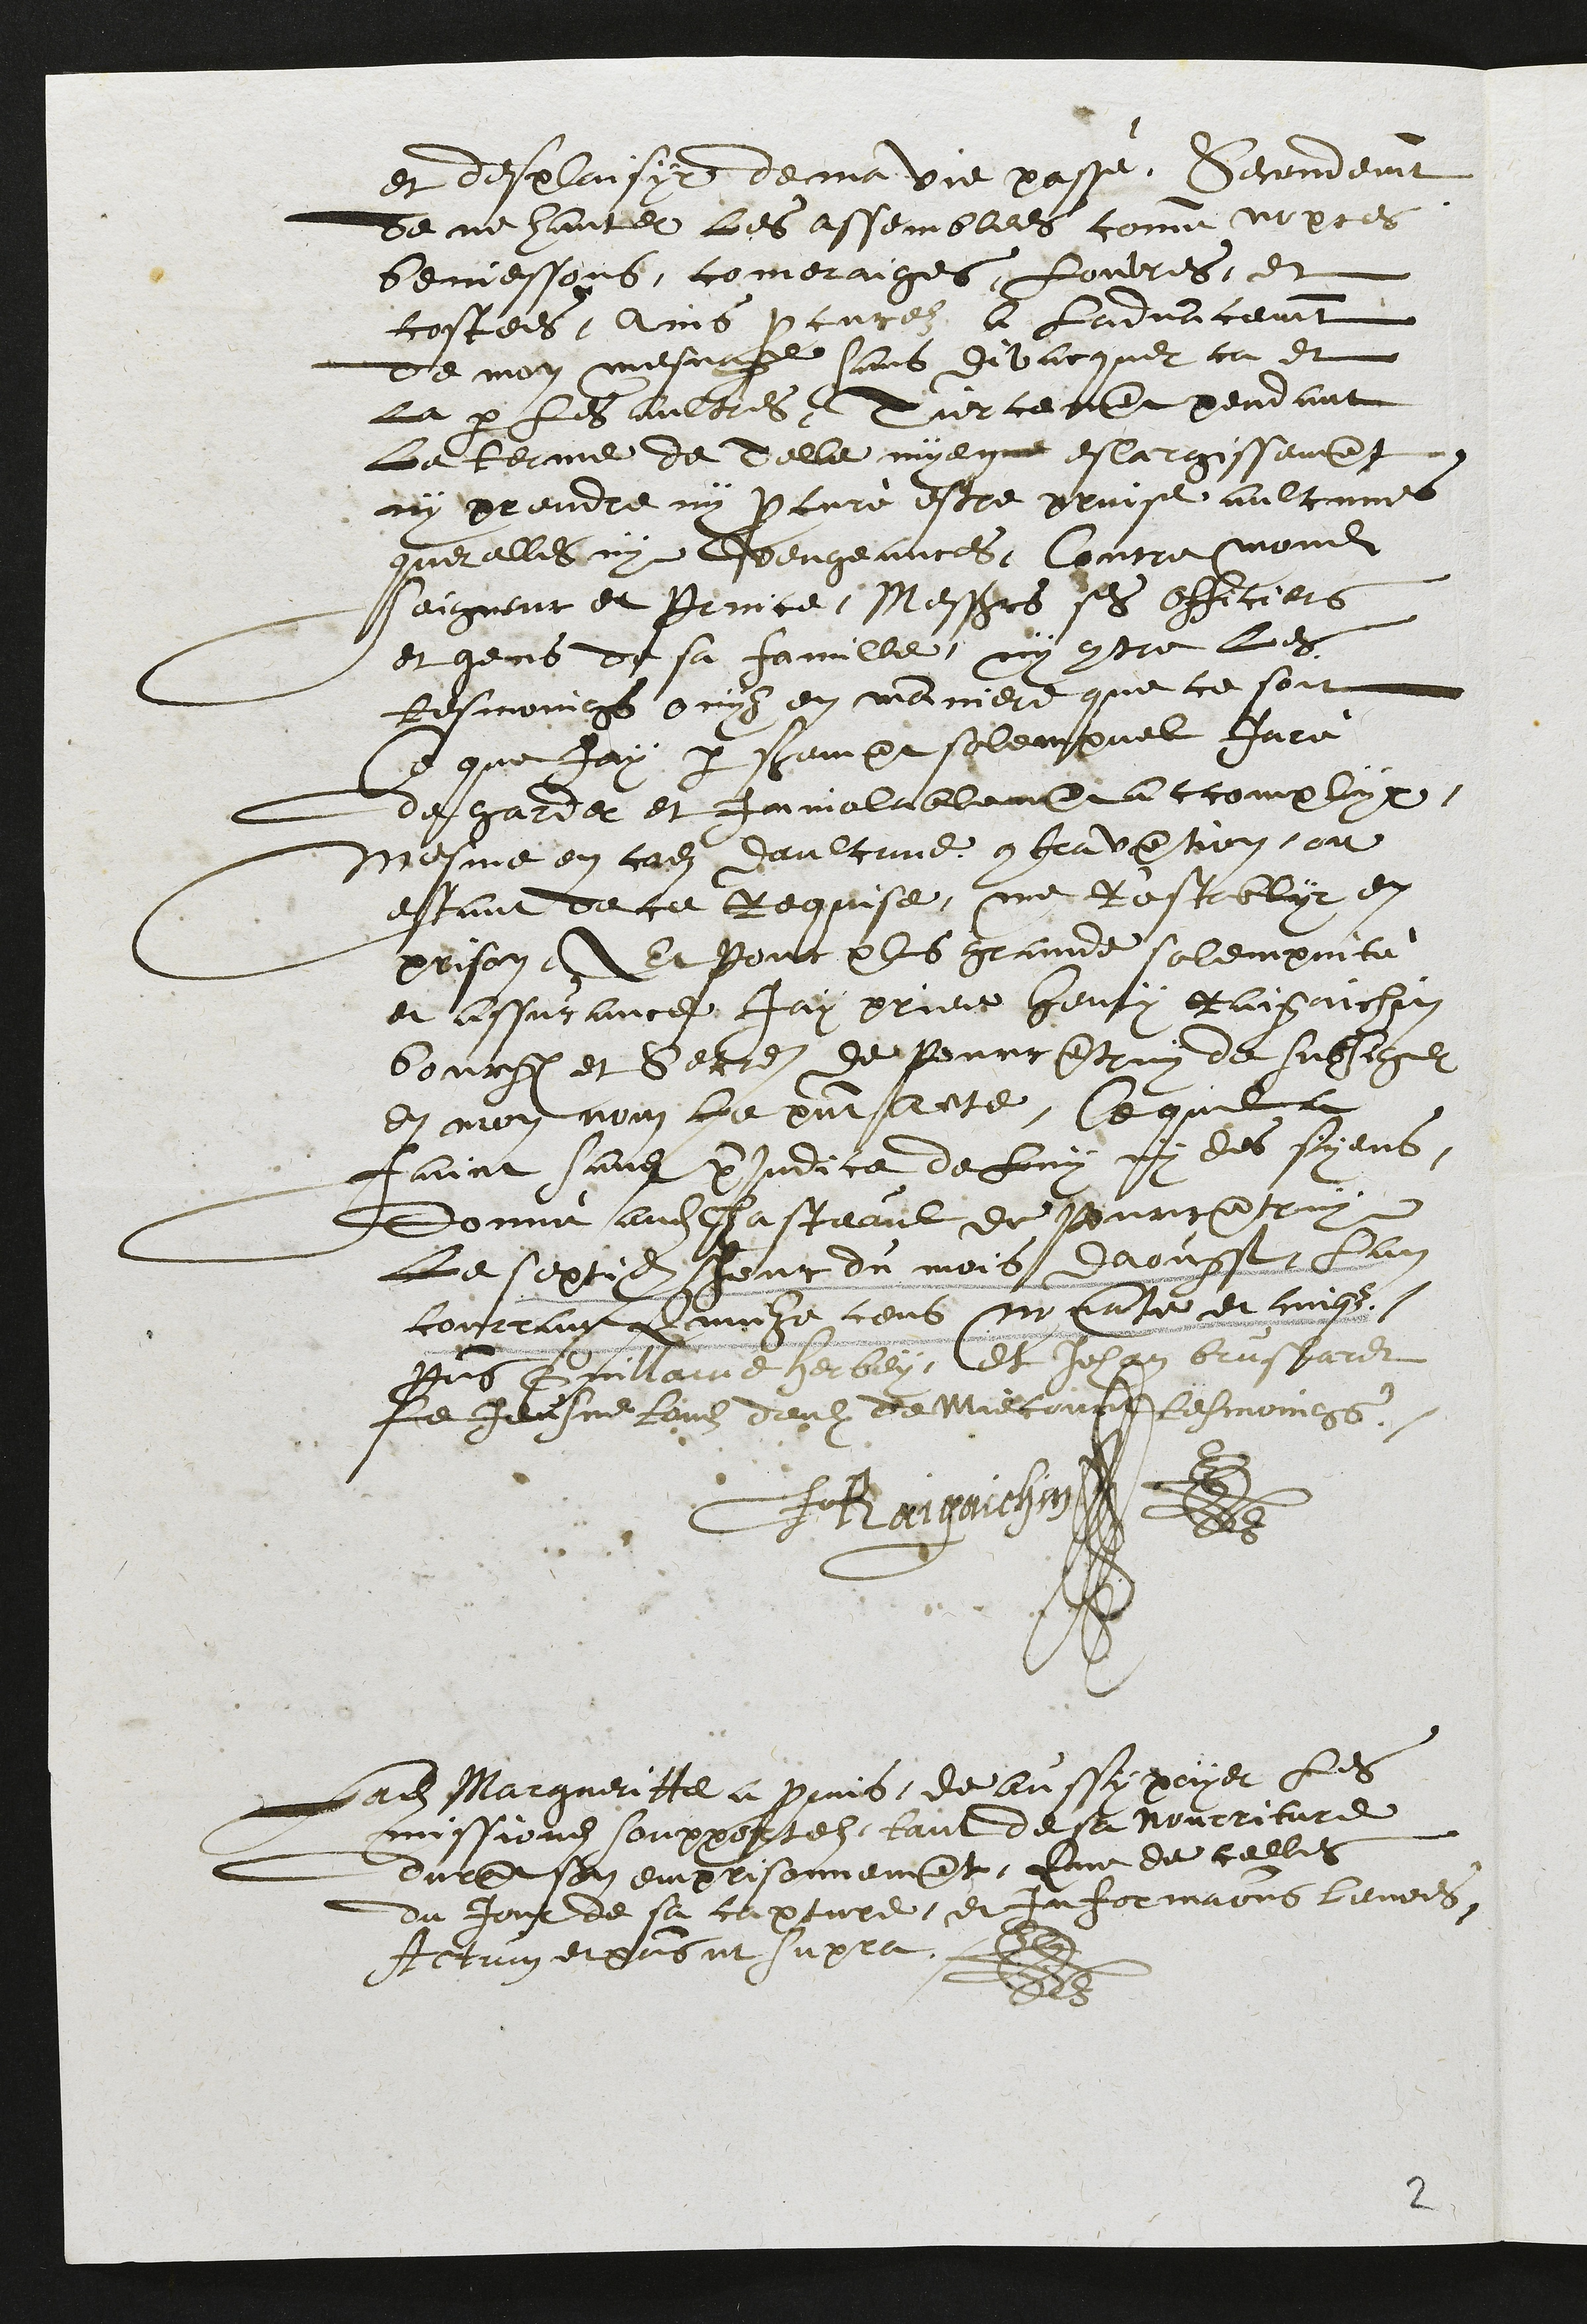
et desplaisir de ma vie passé, secondement
de ne hanter les assemblees comme nopces
beniessons, comeraiges, Louvres, et
costees, Ains procurez a ladvancement
de mon mesnage sans divacquer ca et
la par les aultres Turcement pendant
la terme de Telle myenne eslargissement
ny prendre ny procuré estre prinse aulcunes
queralles ny vengeances, contre mondit
Seigneur et Prince, Messieurs ses Officiers
et gens de sa famille, ny contre les
tesmoings ouys en manniere que ce soit
Ce que jay par serment solempnel Juré
de garder et Inviolablement accomplyr,
Mesme en cas daulcune contravention, ou
estant de ce Requise, me restablyr en
prison, Et pour plus grande solempnité
et assurance Jay priee Henry Raigaichin
bourgeois et Secre de Pourrentruy de subsigner
en mon nom le present acte, Ce quil a
faict sans prejudice de luy ny des syens,
donné audit chasteaul de Pourrentruy
Le septieme Jour du mois daoust, lan
courrant Quinze cens nonante et cinqz
Presens Guillame Herbey, Et Jehan bruslardt
le Jeusne tous deulx de Miecourt tesmoings
HRaigaichin
Ladite Margueritte a promis de aussy payer les
missions soupportez tant de sa nourriture
durant son emprisonnement, Que de celles
du Jour de sa capture et informations levees,
Actum et presens ut supra.

2